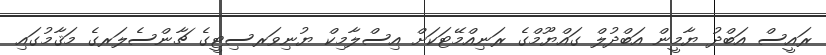
ރައީސް އަބްދު ޔާމީން އަބްދުލް ގައްޔޫމްގެ ރަނިއްމޭޓަކަށް އިސްލާމިކް ޔުނިވަރސިޓީގެ ޗާންސެލަރގެ މަޤާމުގައި